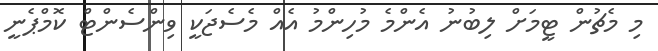
މި މެޗުން ޓީމަށް ލިބުނު އެންމެ މުހިންމު އެއް މެސެޖަކީ ވިންސެންޓް ކޮމްޕެނީ